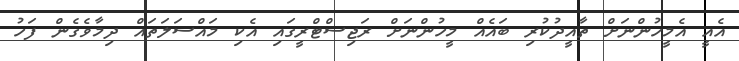
އެއީ އެމީހުންނަށް ތާއީދުކުރި ބައެއް މީހުންނަށް ރަޖިސްޓްރީގައި އެކި މައްސަލަތައް ދިމާވެގެން ފަހު